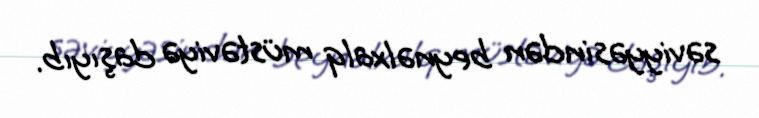
səviyyəsindən beynəlxalq müstəviyə daşıyıb.